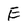
Character: E